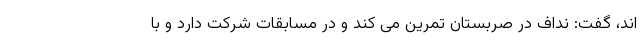
اند، گفت: نداف در صربستان تمرین می کند و در مسابقات شرکت دارد و با